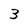
Character: 3